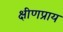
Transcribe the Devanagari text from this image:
क्षीणप्राय